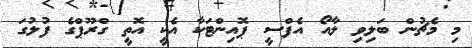
މި މެޗުން ބަލިވި ލާއޯ އެފްސީ ޕޮއިންޓަކާ އެކީ އޮތީ ގްރޫޕްގެ ފުލުގަ